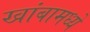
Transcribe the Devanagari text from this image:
खांबामध्ये